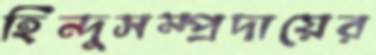
হিন্দুসম্প্রদায়ের